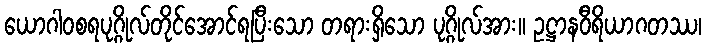
ယောဂါဝစရပုဂ္ဂိုလ်တိုင်အောင်ရပြီးသော တရားရှိသော ပုဂ္ဂိုလ်အား။ ဥဋ္ဌာနဝီရိယာဂတဿ၊